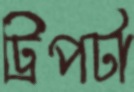
ট্রিপটা